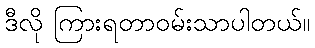
ဒီလို ကြားရတာဝမ်းသာပါတယ်။